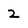
Character: 2